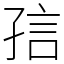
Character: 𡥪